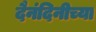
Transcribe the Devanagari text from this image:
दैनंदिनीच्या